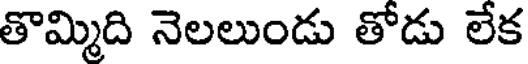
తొమ్మిది నెలలుండు తోడు లేక